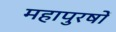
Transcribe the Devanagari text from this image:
महापुरषों